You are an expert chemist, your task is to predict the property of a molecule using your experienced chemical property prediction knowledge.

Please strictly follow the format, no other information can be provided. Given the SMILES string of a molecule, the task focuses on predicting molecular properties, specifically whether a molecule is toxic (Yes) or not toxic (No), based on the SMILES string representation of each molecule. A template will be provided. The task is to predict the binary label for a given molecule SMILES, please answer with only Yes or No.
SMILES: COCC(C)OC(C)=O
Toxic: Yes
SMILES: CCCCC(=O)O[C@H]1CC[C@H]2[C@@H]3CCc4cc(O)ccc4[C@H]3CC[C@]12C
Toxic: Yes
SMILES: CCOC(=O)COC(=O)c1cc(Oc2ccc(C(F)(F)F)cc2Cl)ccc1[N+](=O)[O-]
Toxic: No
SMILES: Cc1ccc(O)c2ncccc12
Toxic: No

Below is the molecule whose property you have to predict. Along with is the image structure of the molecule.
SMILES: Cc1ccccc1
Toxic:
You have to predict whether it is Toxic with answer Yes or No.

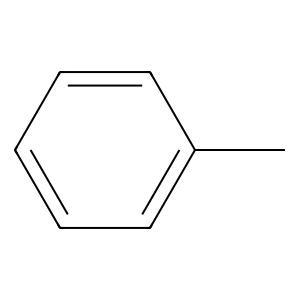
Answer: No